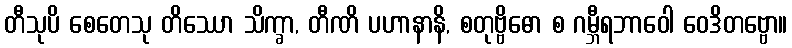
တီသုပိ စေတေသု တိဿော သိက္ခာ, တီဏိ ပဟာနာနိ, စတုဗ္ဗိဓော စ ဂမ္ဘီရဘာဝေါ ဝေဒိတဗ္ဗော။